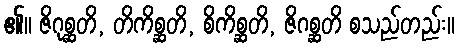
၏။ ဇိဂုစ္ဆတိ, တိကိစ္ဆတိ, စိကိစ္ဆတိ, ဇိဂစ္ဆတိ စသည်တည်း။